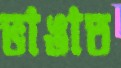
ভাঙাত